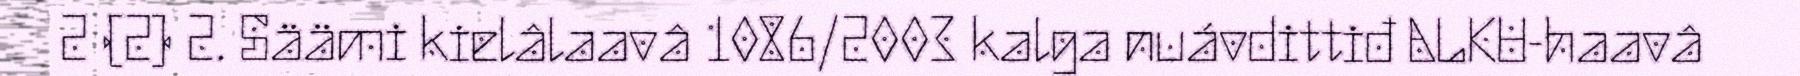
2 (2) 2. Säämi kielâlaavâ 1086/2003 kalga nuávdittiđ ALKU-haavâ